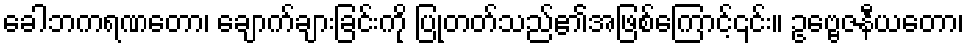
ခေါဘကရဏတော၊ ချောက်ချားခြင်းကို ပြုတတ်သည်၏အဖြစ်ကြောင့်၎င်း။ ဥဗ္ဗေဇနီယတော၊